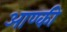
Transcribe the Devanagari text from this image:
आण्की